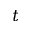
t